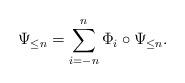
LaTeX: \begin{align*}\Psi_{\leq n} = \sum_{i=-n}^n \Phi_i \circ \Psi_{\leq n}.\end{align*}